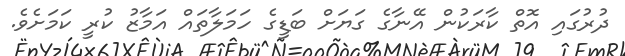
ދުރުގައި އޮތް ކާރަކުން އޭނާގެ ގަޔަށް ބަޑީގެ ހަމަލާތައް އަމާޒު ކުރީ ކަމަށެވެ.